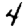
Digit: 4